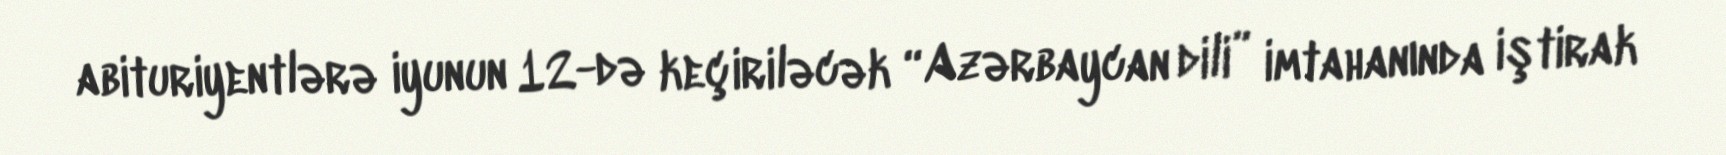
abituriyentlərə iyunun 12-də keçiriləcək “Azərbaycan dili” imtahanında iştirak